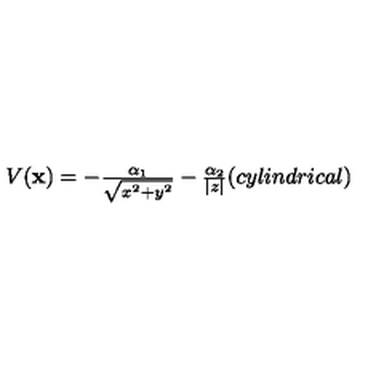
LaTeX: \begin{array} { c } { V ( { \bf x } ) = - { \frac { \alpha _ { 1 } } { \sqrt { x ^ { 2 } + y ^ { 2 } } } } - { \frac { \alpha _ { 2 } } { | z | } } \space \space \space \space ( c y l i n d r i c a l ) } \\ \end{array} \nonumber